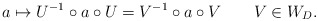
\begin{align*}a\mapsto U^{-1}\circ a\circ U=V^{-1}\circ a\circ V \qquad V\in W_D.\end{align*}